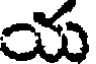
య